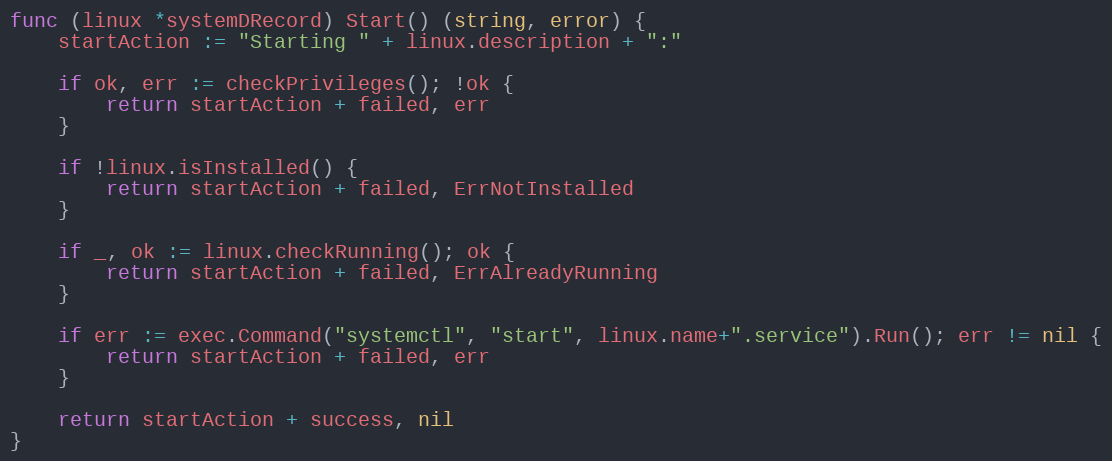
Language: Go
func (linux *systemDRecord) Start() (string, error) {
	startAction := "Starting " + linux.description + ":"

	if ok, err := checkPrivileges(); !ok {
		return startAction + failed, err
	}

	if !linux.isInstalled() {
		return startAction + failed, ErrNotInstalled
	}

	if _, ok := linux.checkRunning(); ok {
		return startAction + failed, ErrAlreadyRunning
	}

	if err := exec.Command("systemctl", "start", linux.name+".service").Run(); err != nil {
		return startAction + failed, err
	}

	return startAction + success, nil
}